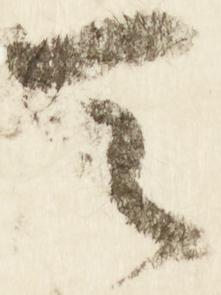
天